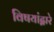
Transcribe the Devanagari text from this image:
विषयांद्वारे